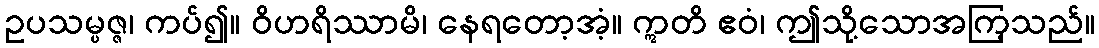
ဥပသမ္ပဇ္ဇ၊ ကပ်၍။ ဝိဟရိဿာမိ၊ နေရတော့အံ့။ ဣတိ ဧဝံ၊ ဤသို့သောအကြ့သည်။